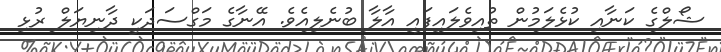
ޝޯލްގެ ކަނާއި ކުޅެލަމުން ތުއިވެލައިފައި އާލާ ބުނެލިއެވެ. އޭނާގެ މަގްސަދަކީ ދާނިޔަލް ރުޅި